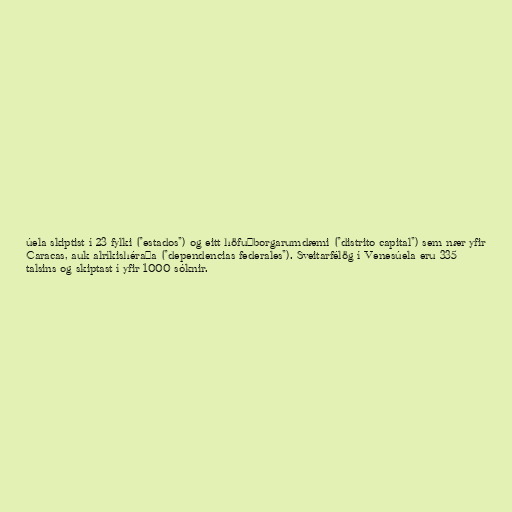
úela skiptist í 23 fylki ("estados") og eitt höfuðborgarumdæmi ("distrito capital") sem nær yfir
Caracas, auk alríkishéraða ("dependencias federales"). Sveitarfélög í Venesúela eru 335
talsins og skiptast í yfir 1000 sóknir.